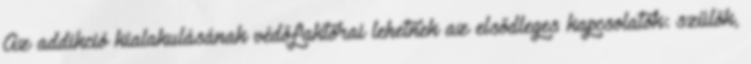
Az addikció kialakulásának védőfaktorai lehetnek az elsődleges kapcsolatok: szülők,